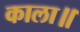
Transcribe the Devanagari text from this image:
काला॥